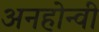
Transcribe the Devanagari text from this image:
अनहोन्‍वी